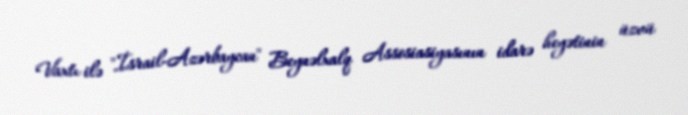
Vaxtı ilə "İsrail-Azərbaycan" Beynəlxalq Assosiasiyasının idarə heyətinin üzvü